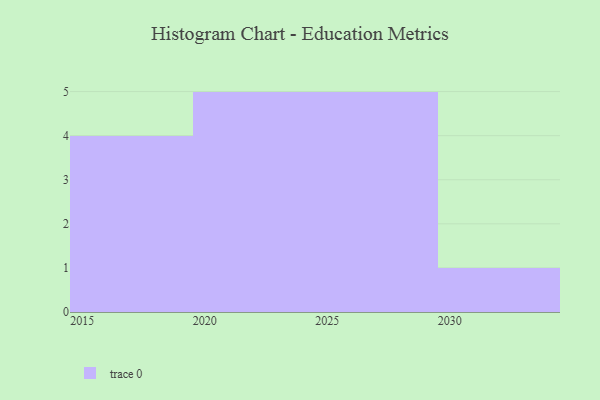
{"axis": {"x": "Year", "y": "Population (Million)"}, "legend": [""], "data": [{"x": "2026", "y": 62, "type": ""}, {"x": "2024", "y": 3, "type": ""}, {"x": "2020", "y": 51, "type": ""}, {"x": "2018", "y": 46, "type": ""}, {"x": "2016", "y": 42, "type": ""}, {"x": "2015", "y": 32, "type": ""}, {"x": "2027", "y": 64, "type": ""}, {"x": "2025", "y": 12, "type": ""}, {"x": "2022", "y": 31, "type": ""}, {"x": "2030", "y": 72, "type": ""}, {"x": "2029", "y": 85, "type": ""}, {"x": "2021", "y": 49, "type": ""}, {"x": "2028", "y": 62, "type": ""}, {"x": "2023", "y": 35, "type": ""}, {"x": "2017", "y": 75, "type": ""}]}